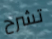
تشرح